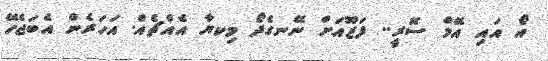
އޯ އައި އޭމް ސޮރީ.. ފަޒޫއަށް ނޭނގެދޯ މިކޔާ އެއްޗެއް. އަހަރެން އެބަޖެހޭ